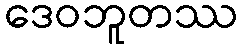
ဒေဝဘူတဿ